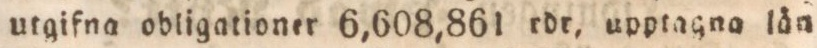
utgifna obligationer 6,608,861 rdr, upptagna lån